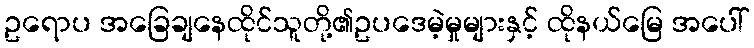
ဥရောပ အခြေချနေထိုင်သူတို့၏ဥပဒေမဲ့မှုများနှင့် ထိုနယ်မြေ အပေါ်